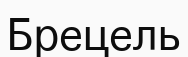
Брецель